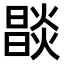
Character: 𤏒